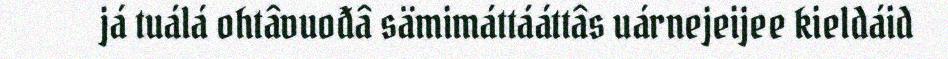
já tuálá ohtâvuođâ sämimáttááttâs uárnejeijee kieldáid